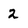
Character: 2